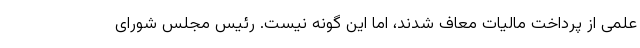
علمی از پرداخت مالیات معاف شدند، اما این گونه نیست. رئیس مجلس شورای